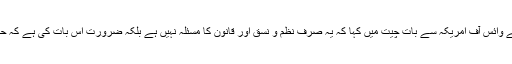
خواتین کے حقوق کے لیے سرگرم ایک کارکن شیبہ اسلم فہمی نے وائس آف امریکہ سے بات چیت میں کہا کہ یہ صرف نظم و نسق اور قانون کا مسئلہ نہیں ہے بلکہ ضرورت اس بات کی ہے کہ حکومت ایسے واقعات کے تعلق سے اپنے رویے میں تبدیلی لائے۔